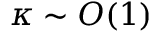
\kappa \sim O ( 1 )